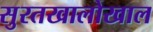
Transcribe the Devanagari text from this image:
सुरतखालोखाल